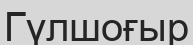
Гүлшоғыр